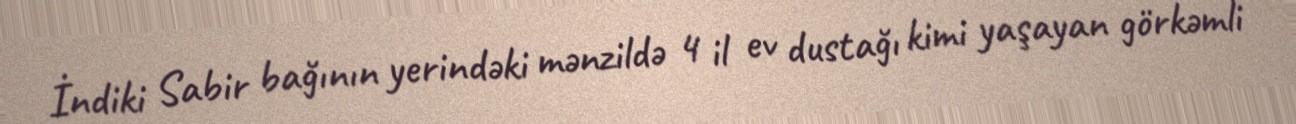
İndiki Sabir bağının yerindəki mənzildə 4 il ev dustağı kimi yaşayan görkəmli